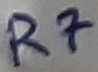
Text: R7